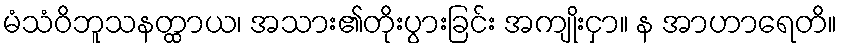
မံသံဝိဘူသနတ္ထာယ၊ အသား၏တိုးပွားခြင်း အကျိုးငှာ။ န အာဟာရေတိ။